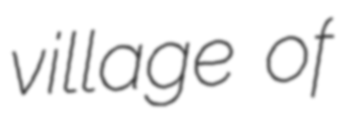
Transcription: village of